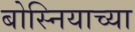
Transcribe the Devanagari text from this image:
बोस्नियाच्या